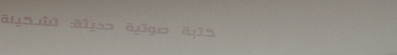
مكتبة صوتية حديثة: تشكيلة